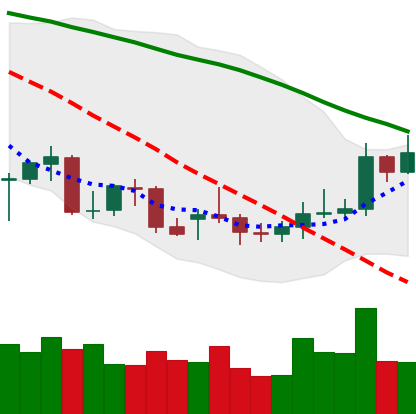
Ticker: XMR-USD
Chart end date: 2021-12-25
Forward return: 6.876%
Label: up_5_7